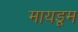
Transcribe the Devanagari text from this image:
मायडूम